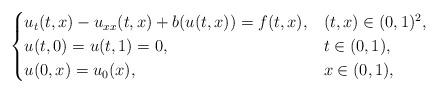
LaTeX: \begin{align*} \begin{cases} u_{t}(t,x) - u_{xx}(t,x) + b(u(t,x)) = f(t,x), & (t,x) \in (0,1)^2,\\ u(t,0) = u(t,1) = 0,& t \in (0,1),\\ u(0,x) = u_0(x),& x\in (0,1), \end{cases}\end{align*}